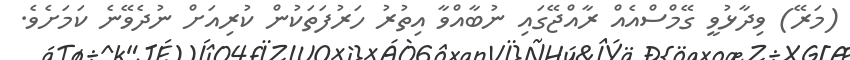
(މަރޭ) ވިދާޅުވީ ގޭމްސްއެއް ރާއްޖޭގައި ނުބާއްވާ އިތުރު ހަރުފަތަކުން ކުރިއަށް ނުދެވޭނެ ކަމަށެވެ.